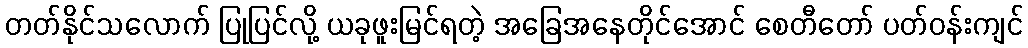
တတ်နိုင်သလောက် ပြုပြင်လို့ ယခုဖူးမြင်ရတဲ့ အခြေအနေတိုင်အောင် စေတီတော် ပတ်ဝန်းကျင်